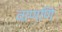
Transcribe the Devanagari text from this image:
वाणणि